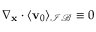
\nabla _ { \mathbf x } \cdot \langle \mathbf v _ { 0 } \rangle _ { \mathcal { I B } } \equiv 0